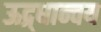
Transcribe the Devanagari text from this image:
ऊद्र्धान्वय